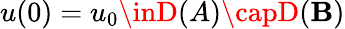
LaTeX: u(0)=u_{0}\inD(A)\capD(\mathbf{B})